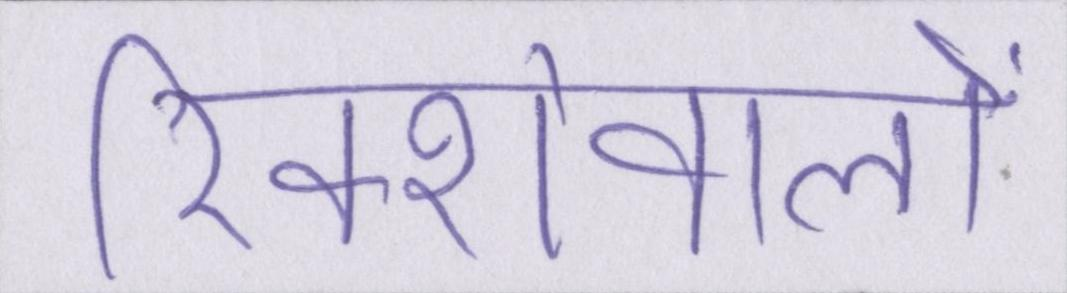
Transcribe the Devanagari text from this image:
रिक्शेवालों